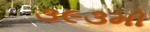
૩૯૩મો